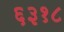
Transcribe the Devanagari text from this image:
६३१८